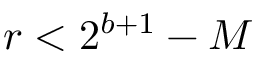
r < 2 ^ { b + 1 } - M